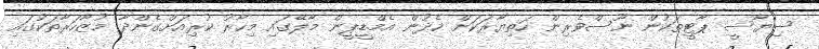
ސިޔާސީ ޕާޓީތަކުން ނޫސްވެރިން ހަތިޔާރަކަށް ހެދުން އެމްޑީޕީން މާލޭގައި މިހާރު ކުރިއަށްގެންދާ މުޒާހަރާތަކުގައި